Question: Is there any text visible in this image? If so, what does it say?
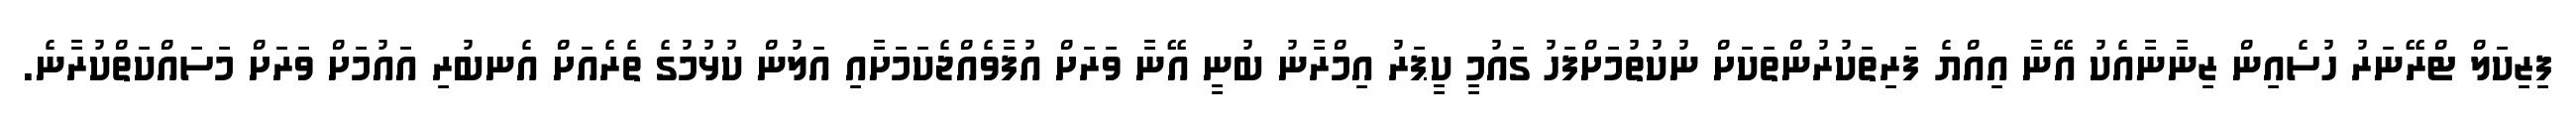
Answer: ފިޒިކަލް ޓްރޭނަރު ހުސެއިން ޒިނާނާއެކު އޭނާ އިއްޔެ ފަރިތަކުރުންތަކަށް ނުކުތުމަށްފަހު ގައުމީ ކީޕަރު އިމްރާނު ބުނީ އޭނާ ވަރަށް އުފާވެއްޖެކަމަށާއި އަލުން ކުޅުމުގެ ތެރެއަށް އެނބުރި އައުމަށް ވަރަށް މަސައްކަތްކުރާނެ.